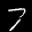
Label: 7